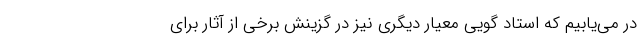
در می‌یابیم که استاد گویی معیارِ دیگری نیز در گزینش برخی از آثار برای